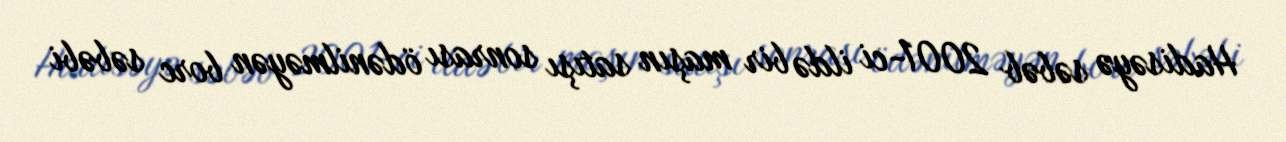
Hadisəyə səbəb 2001-ci ildə bir maşın satışı sonrası ödənilməyən borc səbəbi